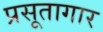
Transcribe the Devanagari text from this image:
प्रसूतागार